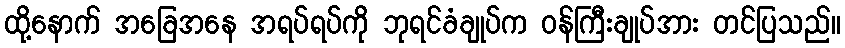
ထို့နောက် အခြေအနေ အရပ်ရပ်ကို ဘုရင်ခံချုပ်က ဝန်ကြီးချုပ်အား တင်ပြသည်။